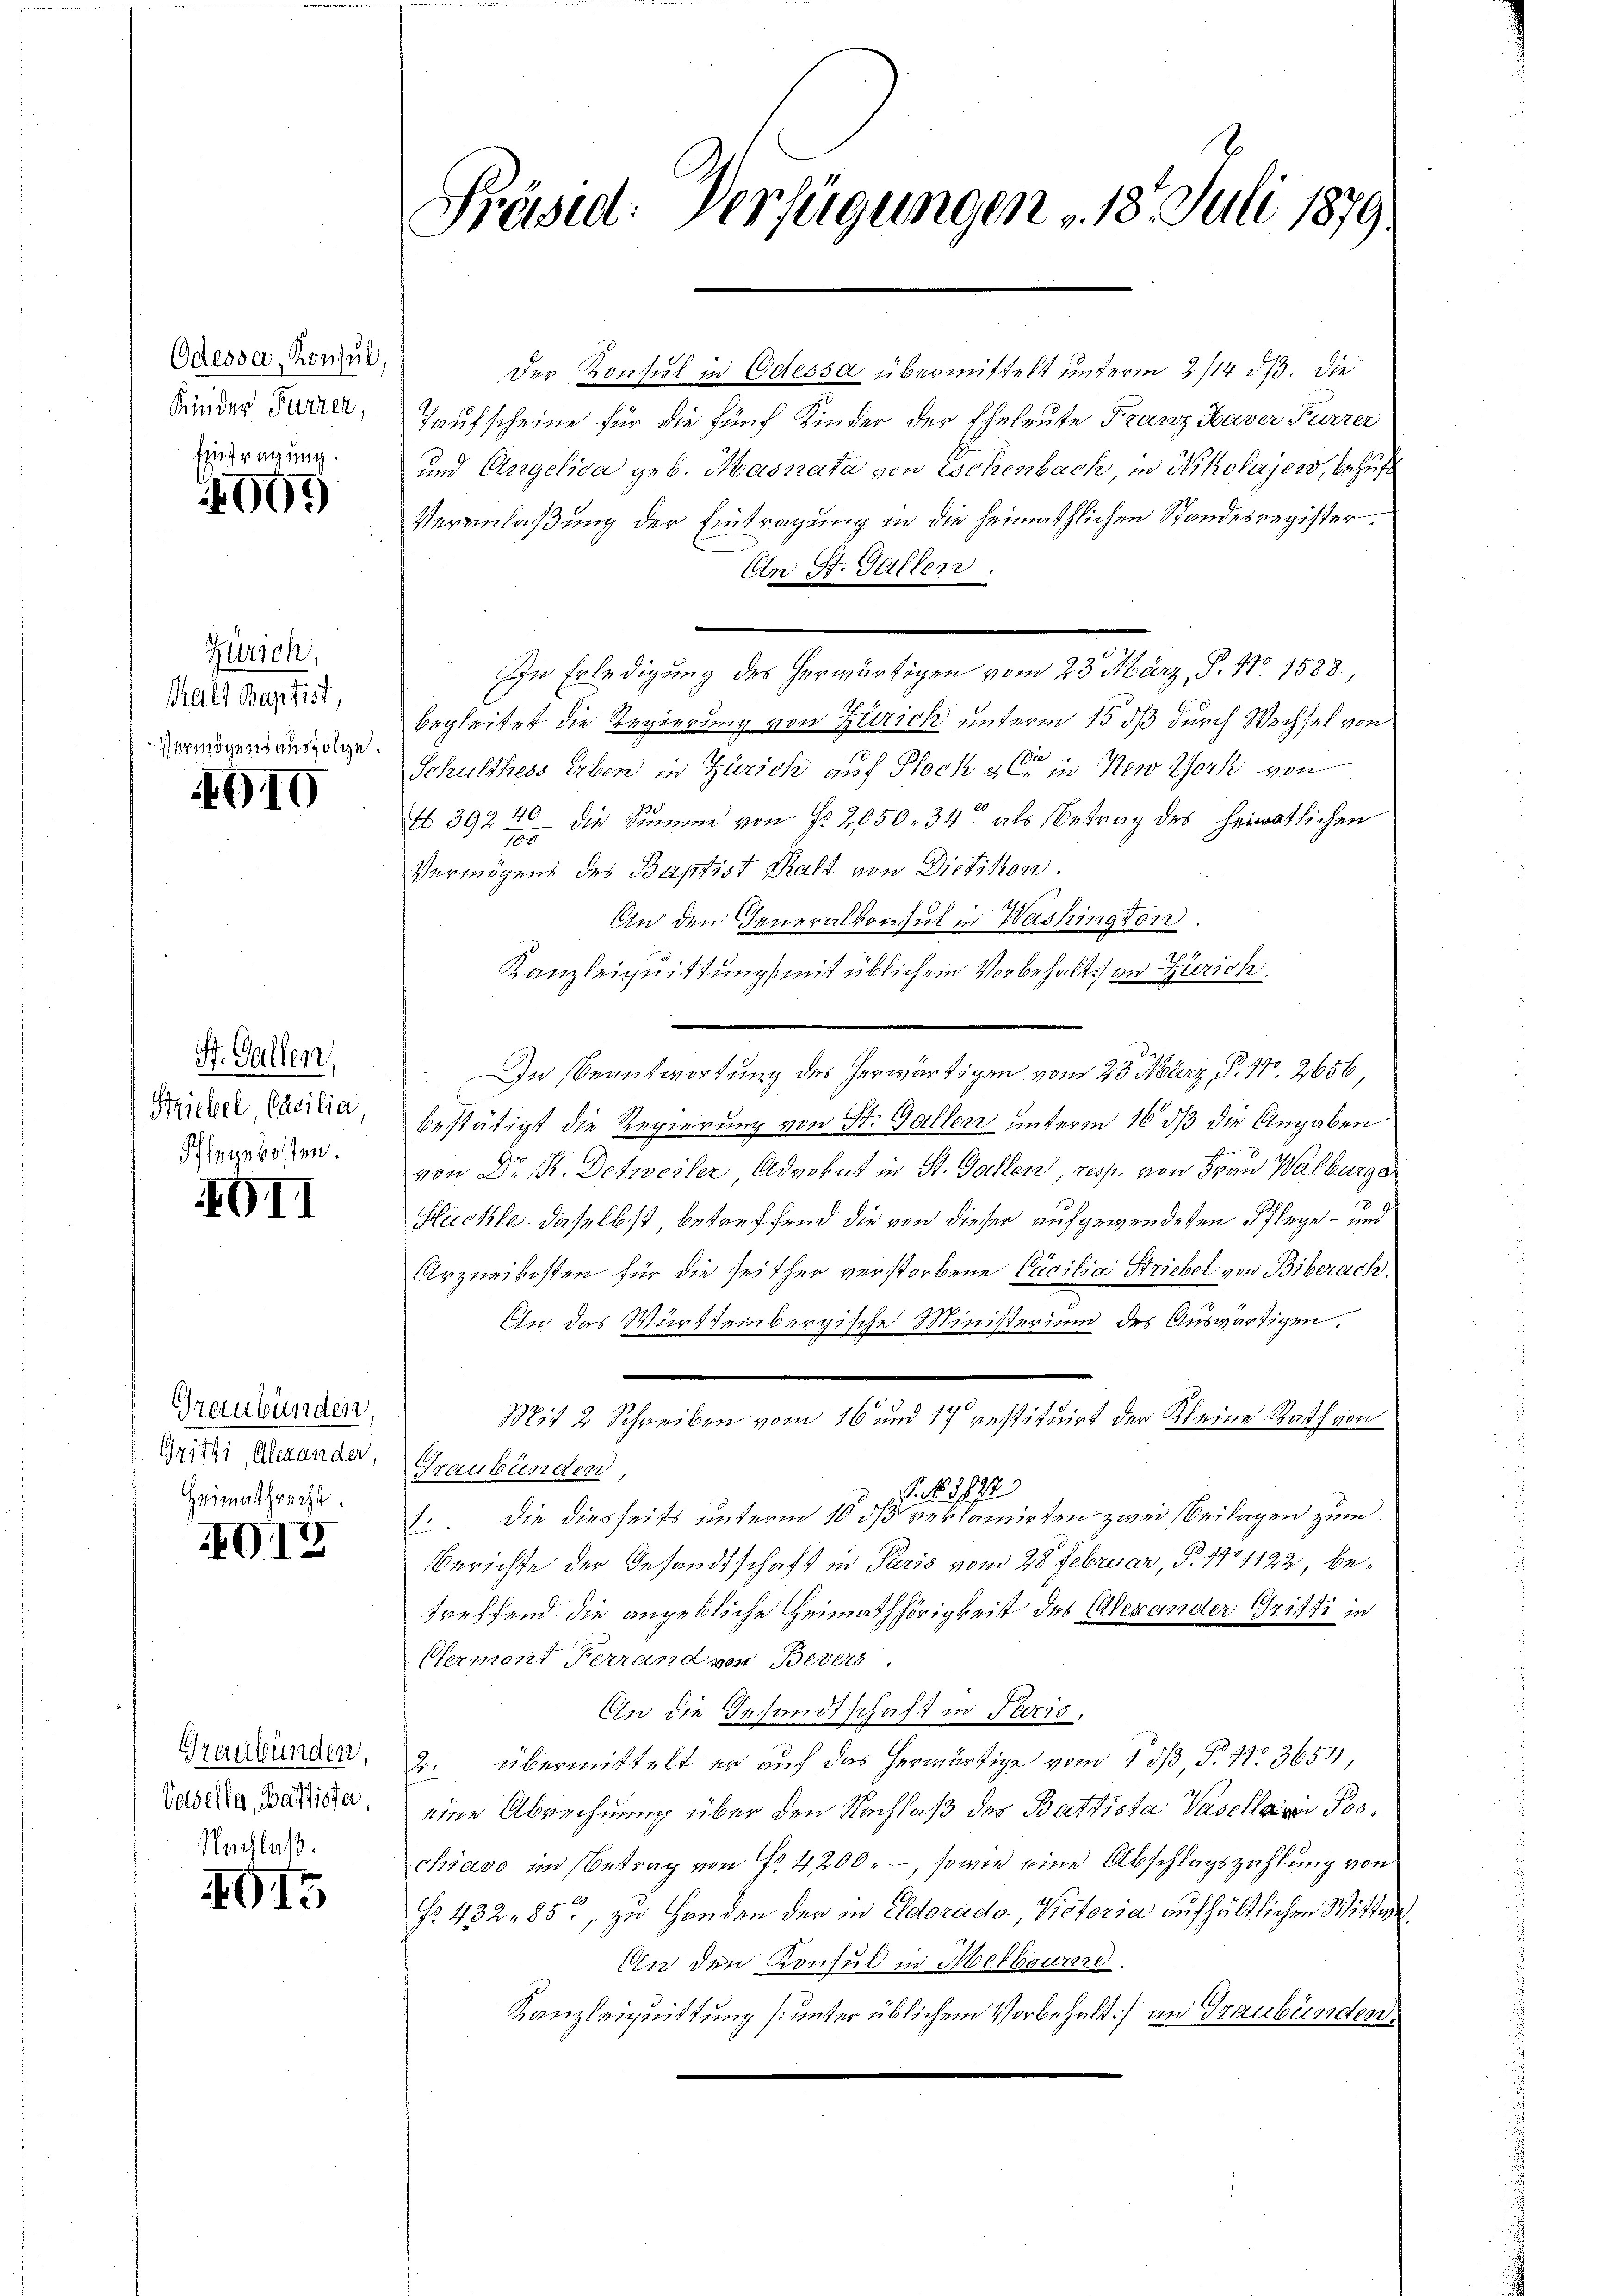
Odessa, Konsul,
Kinder Furrer,

Eintragung.
4000

Zürich,
thalt Baptist,
Vermögensausfolge.

4010

St. Gallen,
Striebel, Cacilia,
Pflegekosten.

GII

Graubünden,
Grifti, Alexander,
Heimathrecht.

G17

Graubünden
Vasella, Bassister,
Nachlaß.

4915

Präsid. Verfügungen . 18. Juli 1879.

Der Konsul in Odessa übermittelt unterm 2/14 373. Die
Taufscheine für die fünf Kinder der Eheleute Franz Haver Furrer
und Angelica geb. Masnata von Eschenbach in Nikolajers, behuf
Veranlaßung der Eintragung in die heimathlichen Standesregister.
An St. Gallen.
In Erledigung des herwärtigen vom 23. März, S. 11 1588.
begleitet die Regierung von Zürich unterm 15 dß durch Wechsel von
e
Schulthess Erben in Zürich auf Plock a. in New York von
A 392 40 die Summe von Fr. 2050. 34 als Betrag des Heimatlichen
00
Vermögens des Baptist Kraft von Dietikon.
An den Generalkonsul in Washington.
Kanzleignittung mit üblichem Vorbehalt an Zürich
In Beantwortung des herwärtigen vom 23. März, P. 17. 2656,
bestätigt die Regierung von St. Gallen unterm 16 dß die Angaben
d
von Dr. R. Detweiler Advokat in St. Gallen, resp. von 3 von Walburger
Huckler daselbst, betreffend die von dieser aufgewendeten Pflege - und
Arzneikosten für die seither verstorbene Cocilia Striebel von Biberach.
An das Württeinbergische Ministerium des Auswärtigen,
u
Mit 2 Schreiben vom 16 und 17 restituirt der Kleine Rath von
Graubünden,
G. No. 1872
1. Die diesseits unterm 10 dß verkamirten zwei Beilagen zum
Berichte der Gesandtschaft in Paris vom 28 Februar, P. No 1122, betreffend die angebliche Heimathörigkeit des Alexander Gritti in
Eferment Ferrand von Bevers
An die Gesandtschaft in Paris,
2. übermittelt er auf das herwärtige vom 15 P. Nr. 3654,
eine Abrechnung über den Nachlaß des Battista Vasellarer Poschiavo im Betrag von Fr. 4200. –, sowie eine Abschlagszahlung von
No. 432, 85, zu Handen der in Eldorado Pistoria aufhältlichen Witten.
An den Konsul in Melboure
Kanzleiquittung (unter üblichem Vorbehalt) an Graubünden